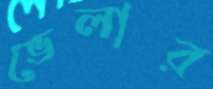
ভেলার